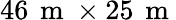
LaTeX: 46\, \mathrm{~m~}\times 25\, \mathrm{~m~}